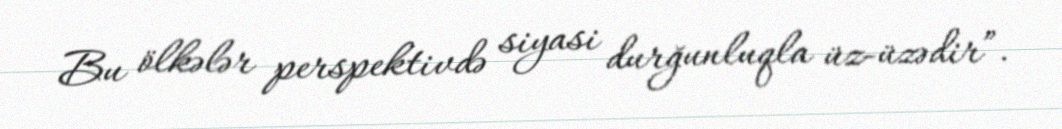
Bu ölkələr perspektivdə siyasi durğunluqla üz-üzədir”.